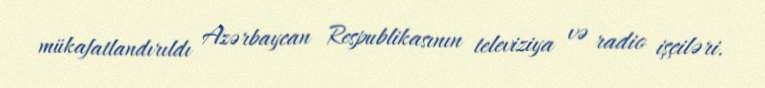
mükafatlandırıldı Azərbaycan Respublikasının televiziya və radio işçiləri.